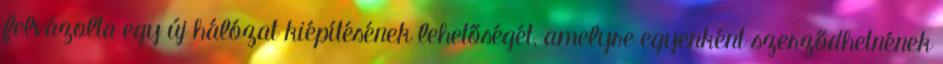
felvázolta egy új hálózat kiépítésének lehetőségét, amelyre egyenként szerződhetnének